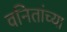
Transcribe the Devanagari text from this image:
वनितांच्या